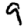
Digit: 9